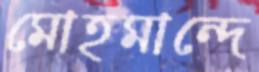
মোহমান্দে